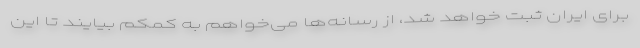
برای ایران ثبت خواهد شد، از رسانه‌ها می‌خواهم به کمکم بیایند تا این